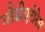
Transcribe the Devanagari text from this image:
ग्लैडीएटोरेस